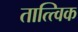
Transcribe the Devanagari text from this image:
तात्त्‍विक